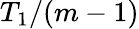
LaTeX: T_{1}/(m-1)